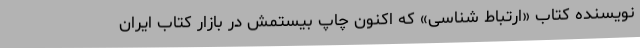
نویسنده کتاب «ارتباط شناسی» که اکنون چاپ بیستمش در بازار کتاب ایران